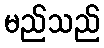
မည်သည်